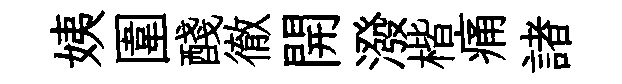
姨圍醆徹開潑楷痛諸